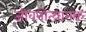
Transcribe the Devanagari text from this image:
जीवनोत्थानक